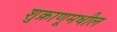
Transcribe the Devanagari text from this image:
शुक्राणूमधील